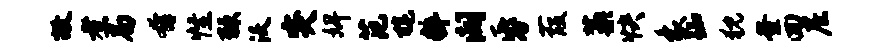
故煮局奔怪棘沃突婢范旄粹阔昏葭藁快象踟猊釜回尼